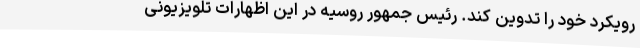
رویکرد خود را تدوین کند. رئیس جمهور روسیه در این اظهارات تلویزیونی